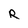
Character: R